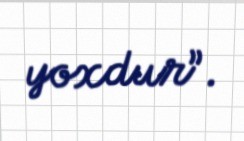
yoxdur”.